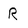
Character: R